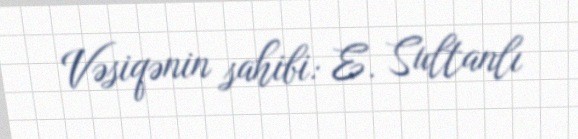
Vəsiqənin sahibi: E. Sultanlı